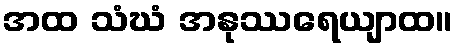
အထ သံဃံ အနုဿရေယျာထ။